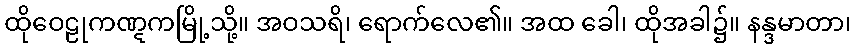
ထိုဝေဠုကဏ္ဋကမြို့သို့။ အဝသရိ၊ ရောက်လေ၏။ အထ ခေါ၊ ထိုအခါ၌။ နန္ဒမာတာ၊